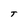
Character: T